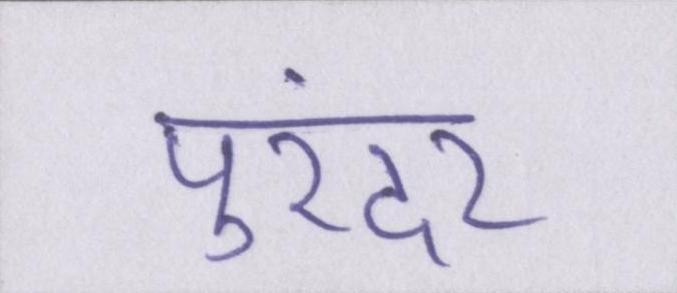
पुरंदर